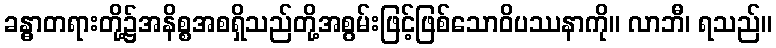
ခန္ဓာတရားတို့၌အနိစ္စအစရှိသည်တို့အစွမ်းဖြင့်ဖြစ်သောဝိပဿနာကို။ လာဘီ၊ ရသည်။